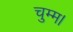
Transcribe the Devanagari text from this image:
चुम्म।